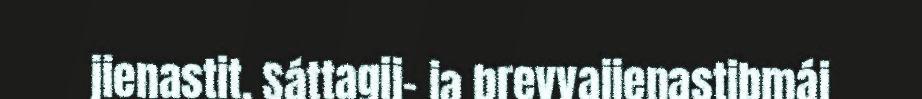
jienastit. Sáttagij- ja brevvajienastibmáj